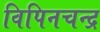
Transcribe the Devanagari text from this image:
विपिनचन्द्र